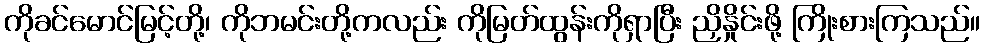
ကိုခင်မောင်မြင့်တို့၊ ကိုဘမင်းတို့ကလည်း ကိုမြတ်ထွန်းကိုရှာပြီး ညှိနှိုင်းဖို့ ကြိုးစားကြသည်။